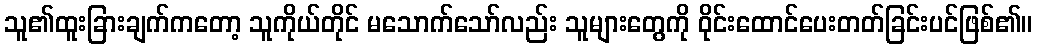
သူ၏ထူးခြားချက်ကတော့ သူကိုယ်တိုင် မသောက်သော်လည်း သူများတွေကို ဝိုင်းထောင်ပေးတတ်ခြင်းပင်ဖြစ်၏။